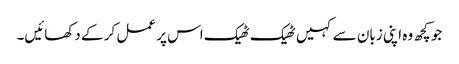
جو کچھ وہ اپنی زبان سے کہیں ٹھیک ٹھیک اس پر عمل کر کے دکھائیں۔